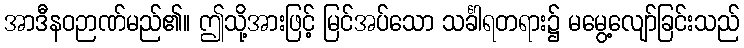
အာဒီနဝဉာဏ်မည်၏။ ဤသို့အားဖြင့် မြင်အပ်သော သင်္ခါရတရား၌ မမွေ့လျော်ခြင်းသည်